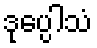
ဒုပ္ပေါသံ